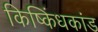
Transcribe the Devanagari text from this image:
किष्किंधकांड